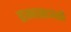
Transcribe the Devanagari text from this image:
रामदासाअंतरी